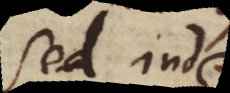
Sed inde